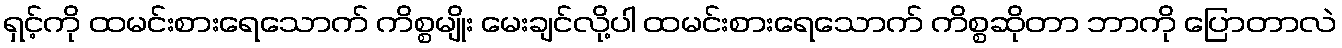
ရှင့်ကို ထမင်းစားရေသောက် ကိစ္စမျိုး မေးချင်လို့ပါ ထမင်းစားရေသောက် ကိစ္စဆိုတာ ဘာကို ပြောတာလဲ